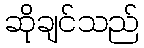
ဆိုချင်သည်